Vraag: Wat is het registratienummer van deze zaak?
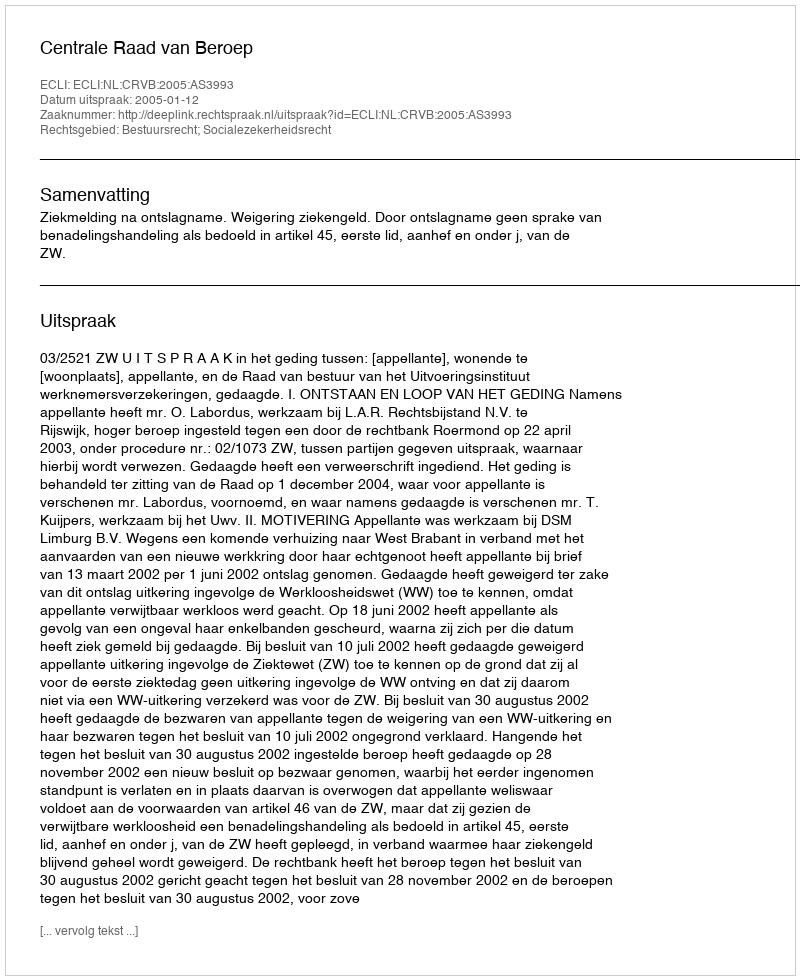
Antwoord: http://deeplink.rechtspraak.nl/uitspraak?id=ECLI:NL:CRVB:2005:AS3993